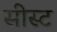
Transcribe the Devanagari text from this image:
सीस्ट